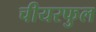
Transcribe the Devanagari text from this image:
चीयरफुल